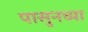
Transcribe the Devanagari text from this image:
पासुनच्या